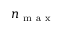
n _ { \mathrm { ~ m ~ a ~ x ~ } }